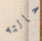
حالته